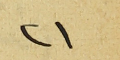
٢١